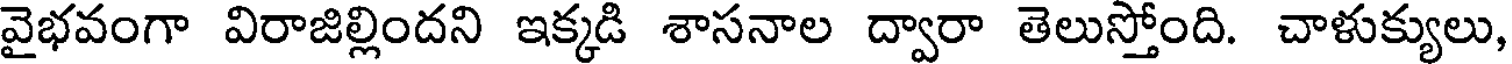
వైభవంగా విరాజిల్లిందని ఇక్కడి శాసనాల ద్వారా తెలుస్తోంది. చాళుక్యులు,